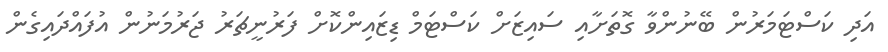
އަދި ކަސްޓަމަރުން ބޭނުންވާ ގޮތަށާއި ސައިޒަށް ކަސްޓަމް ޑިޒައިންކޮށް ފަރުނީޗަރު ޖަރުމަނުން އުފައްދައިގެން